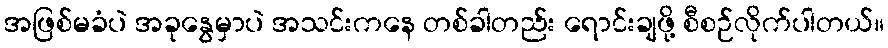
အဖြစ်မခံပဲ အခုနွေမှာပဲ အသင်းကနေ တစ်ခါတည်း ရောင်းချဖို့ စီစဉ်လိုက်ပါတယ်။